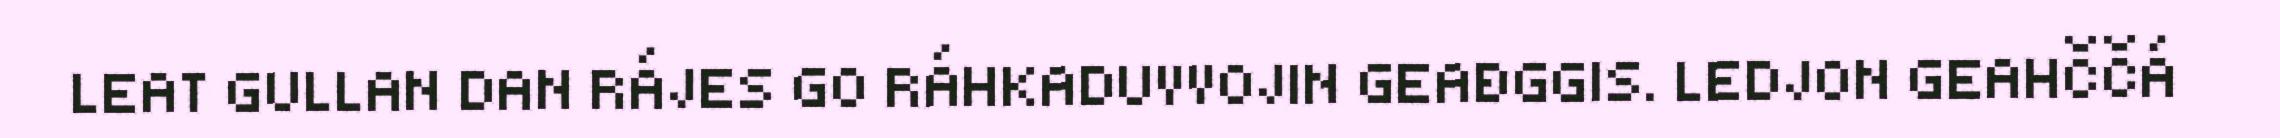
LEAT GULLAN DAN RÁJES GO RÁHKADUVVOJIN GEAĐGGIS. LEDJON GEAHČČÁ